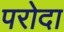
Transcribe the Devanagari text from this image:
परोदा